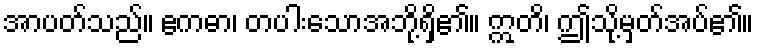
အာပတ်သည်။ ဧကဓာ၊ တပါးသောအဘို့ရှိ၏။ ဣတိ၊ ဤသို့မှတ်အပ်၏။